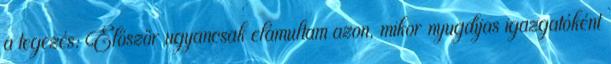
a tegezés: Először ugyancsak elámultam azon, mikor nyugdíjas igazgatóként